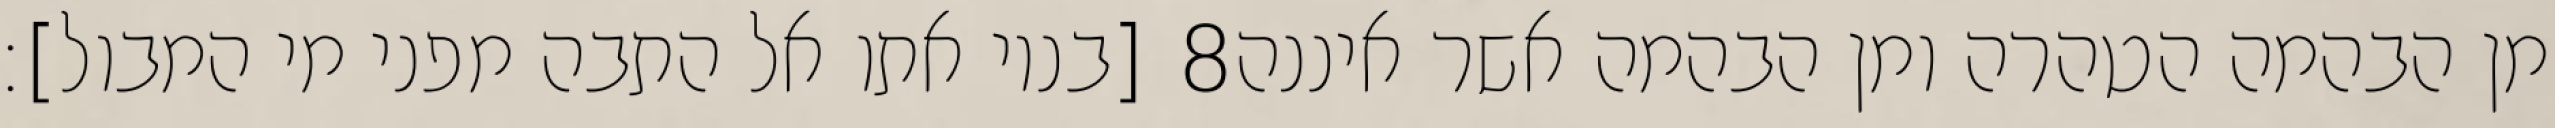
[בניו אתו אל התבה מפני מי המבול]׃ ‎8‏ מן הבהמה הטהרה ומן הבהמה אשר איננה